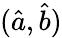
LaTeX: ({\hat{a}},{\hat{b}})